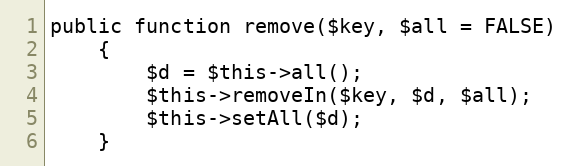
Language: PHP
public function remove($key, $all = FALSE)
    {
        $d = $this->all();
        $this->removeIn($key, $d, $all);
        $this->setAll($d);
    }